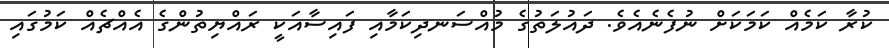
ކުރާ ކަމެއް ކަމަކަށް ނުފެނެއެވެ. ދައުލަތުގެ މުއްސަނދިކަމާއި ފައިސާއަކީ ރައްޔިތުންގެ އެއްޗެއް ކަމުގައި